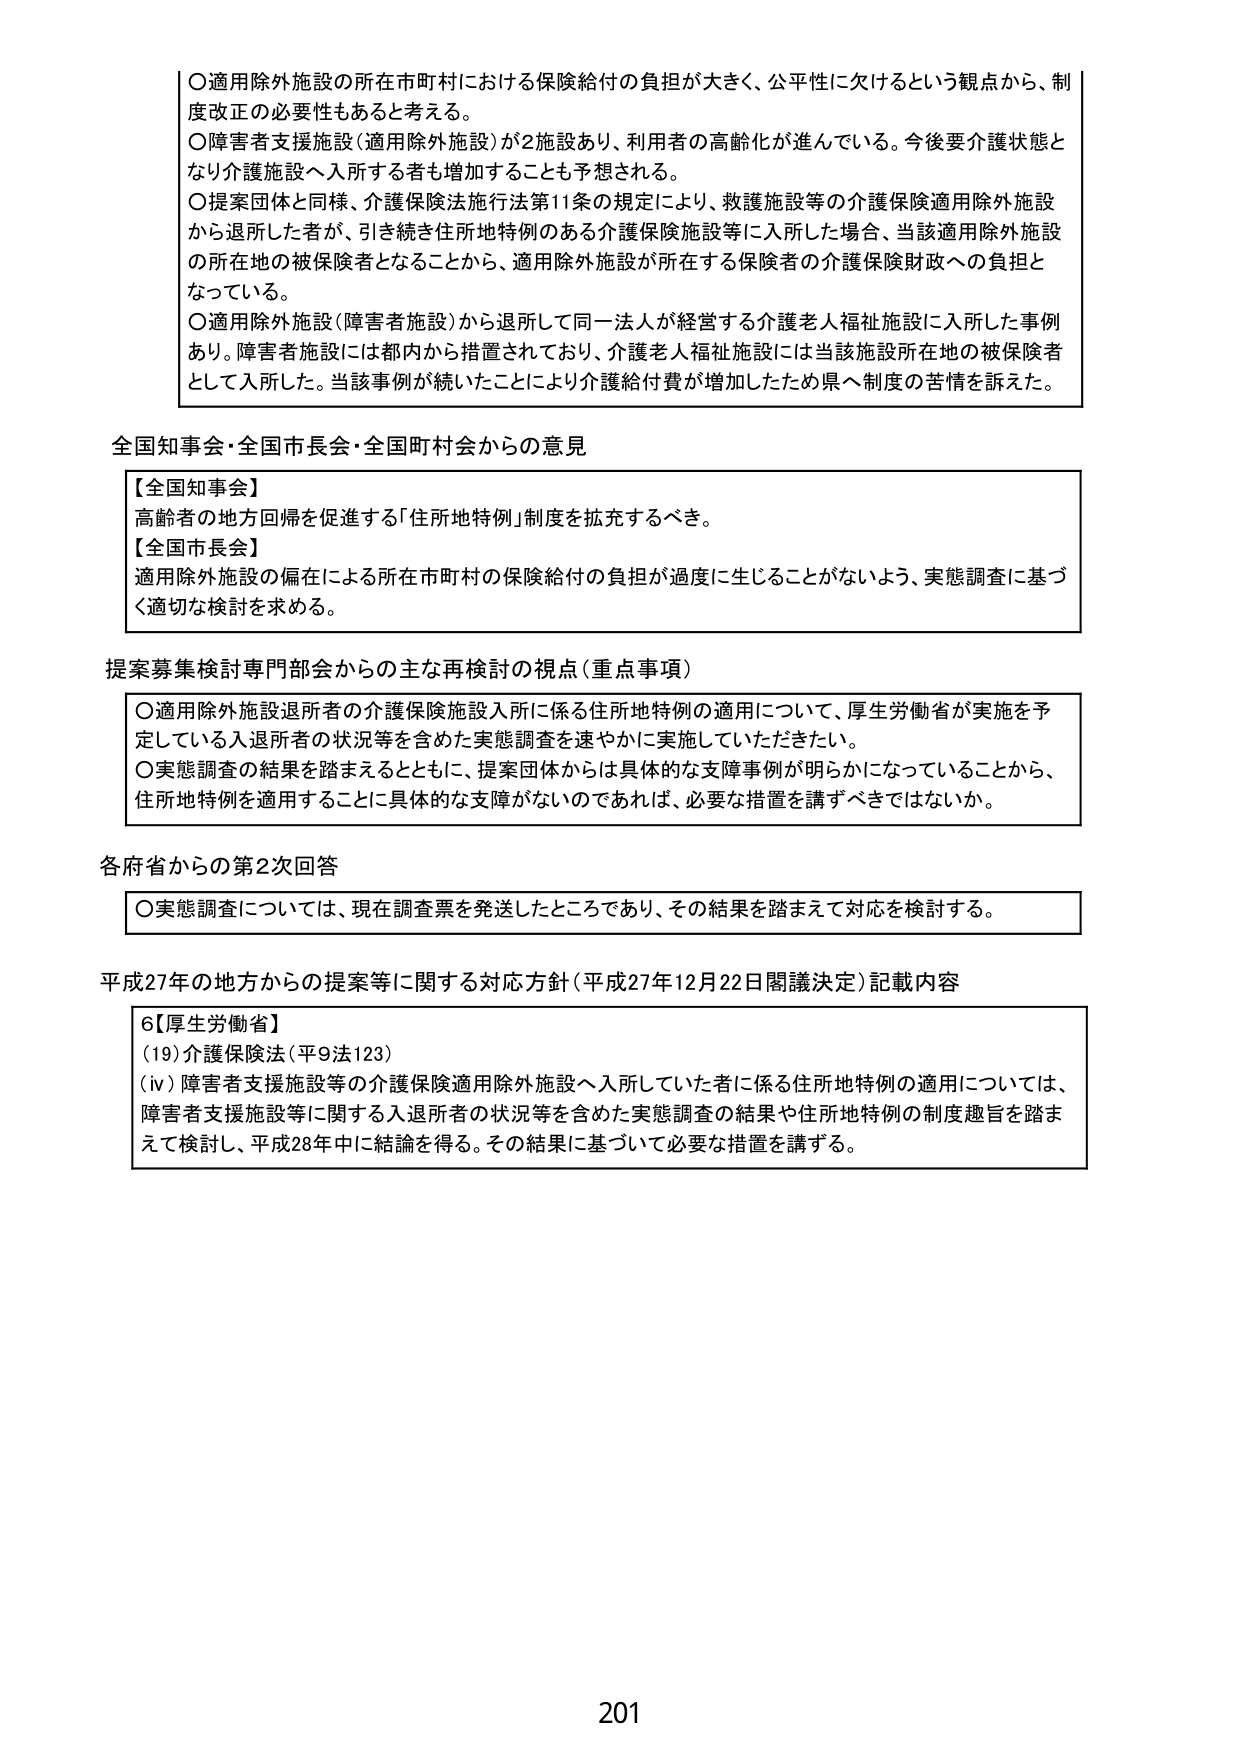
○適用除外施設の所在市町村における保険給付の負担が大きく、公平性に欠けるという観点から、制度改正の必要性もあると考える。
○障害者支援施設（適用除外施設）が2施設あり、利用者の高齢化が進んでいる。今後要介護状態となり介護施設へ入所する者も増加することも予想される。
○提案団体と同様、介護保険法施行法第11条の規定により、救護施設等の介護保険適用除外施設から退所した者が、引き続き住所地特例のある介護保険施設等に入所した場合、当該適用除外施設の所在地の被保険者となることから、適用除外施設が所在する保険者の介護保険財政への負担となっている。
○適用除外施設（障害者施設）から退所して同一法人が経営する介護老人福祉施設に入所した事例あり。障害者施設には都内から措置されており、介護老人福祉施設には当該施設所在地の被保険者として入所した。当該事例が続いたことにより介護給付費が増加したため県へ制度の苦情を訴えた。

全国知事会・全国市長会・全国町村会からの意見
【全国知事会】
高齢者の地方回帰を促進する「住所地特例」制度を拡充するべき。
【全国市長会】
適用除外施設の偏在による所在市町村の保険給付の負担が過度に生じることがないよう、実態調査に基づく適切な検討を求める。

提案募集検討専門部会からの主な再検討の視点（重点事項）
○適用除外施設退所者の介護保険施設入所に係る住所地特例の適用について、厚生労働省が実施を予定している入退所者の状況等を含めた実態調査を速やかに実施していただきたい。
○実態調査の結果を踏まえるとともに、提案団体からは具体的な支障事例が明らかになっていることから、住所地特例を適用することに具体的な支障がないのであれば、必要な措置を講ずべきではないか。

各府省からの第2次回答
○実態調査については、現在調査票を発送したところであり、その結果を踏まえて対応を検討する。

平成27年の地方からの提案等に関する対応方針（平成27年12月22日閣議決定）記載内容
6【厚生労働省】
（19）介護保険法（平9法123）
（iv）障害者支援施設等の介護保険適用除外施設へ入所していた者に係る住所地特例の適用については、障害者支援施設等に関する入退所者の状況等を含めた実態調査の結果や住所地特例の制度趣旨を踏まえて検討し、平成28年中に結論を得る。その結果に基づいて必要な措置を講ずる。

201